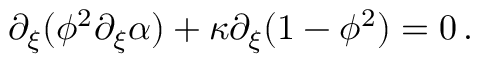
\partial _ { \xi } ( \phi ^ { 2 } \partial _ { \xi } \alpha ) + \kappa \partial _ { \xi } ( 1 - \phi ^ { 2 } ) = 0 \, .